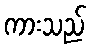
ကားသည်